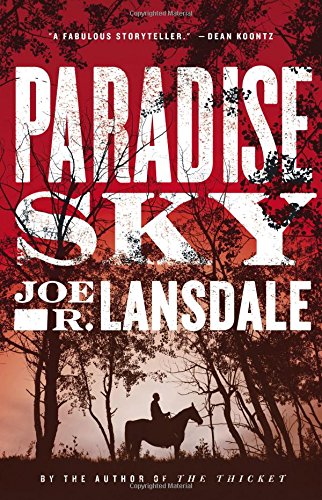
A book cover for Paradise Sky; Joe R. Lansdale; Literature & Fiction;